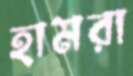
হামরা